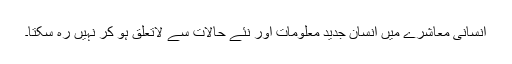
انسانی معاشرے میں انسان جدید معلومات اور نئے حالات سے لاتعلق ہو کر نہیں رہ سکتا۔